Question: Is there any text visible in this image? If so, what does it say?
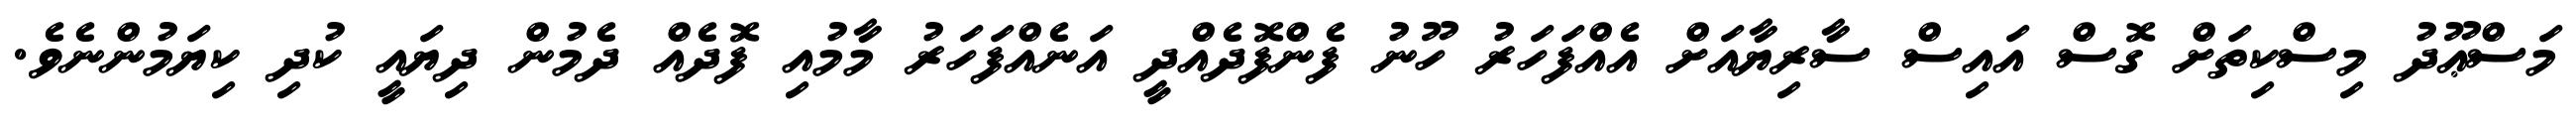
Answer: މަސްޢޫދު މިސްކިތަށް ގޮސް އައިސް ސާރިޔާއަށް އެއްފަހަރު ހޫނު ފެންފޮދެއްދީ އަނެއްފަހަރު މާމުއި ފޮދެއް ދެމުން ދިޔައީ ކުދި ކިޔަމުންނެވެ.